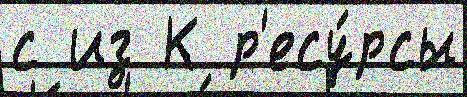
с из К р'есу́рсы